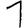
Digit: 1